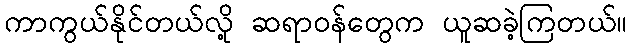
ကာကွယ်နိုင်တယ်လို့ ဆရာဝန်တွေက ယူဆခဲ့ကြတယ်။